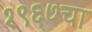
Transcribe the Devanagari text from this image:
१९६७चा